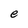
Character: e